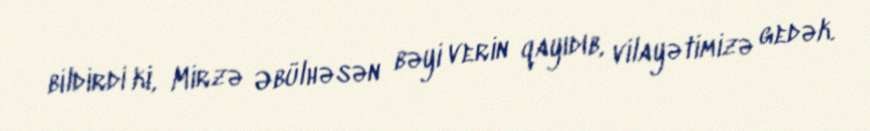
bildirdi ki, Mirzə Əbülhəsən bəyi verin qayıdıb, vilayətimizə gedək.